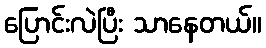
ပြောင်းလဲပြီး သာနေတယ်။